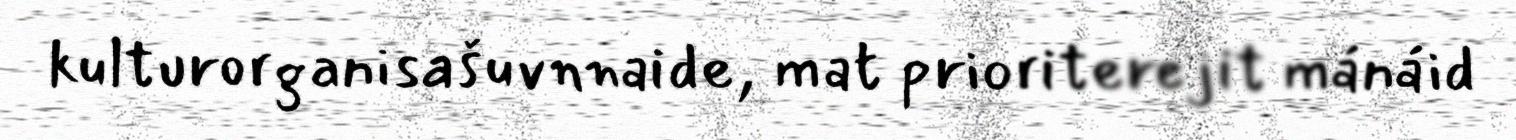
kulturorganisašuvnnaide, mat prioriterejit mánáid